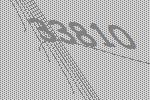
33810